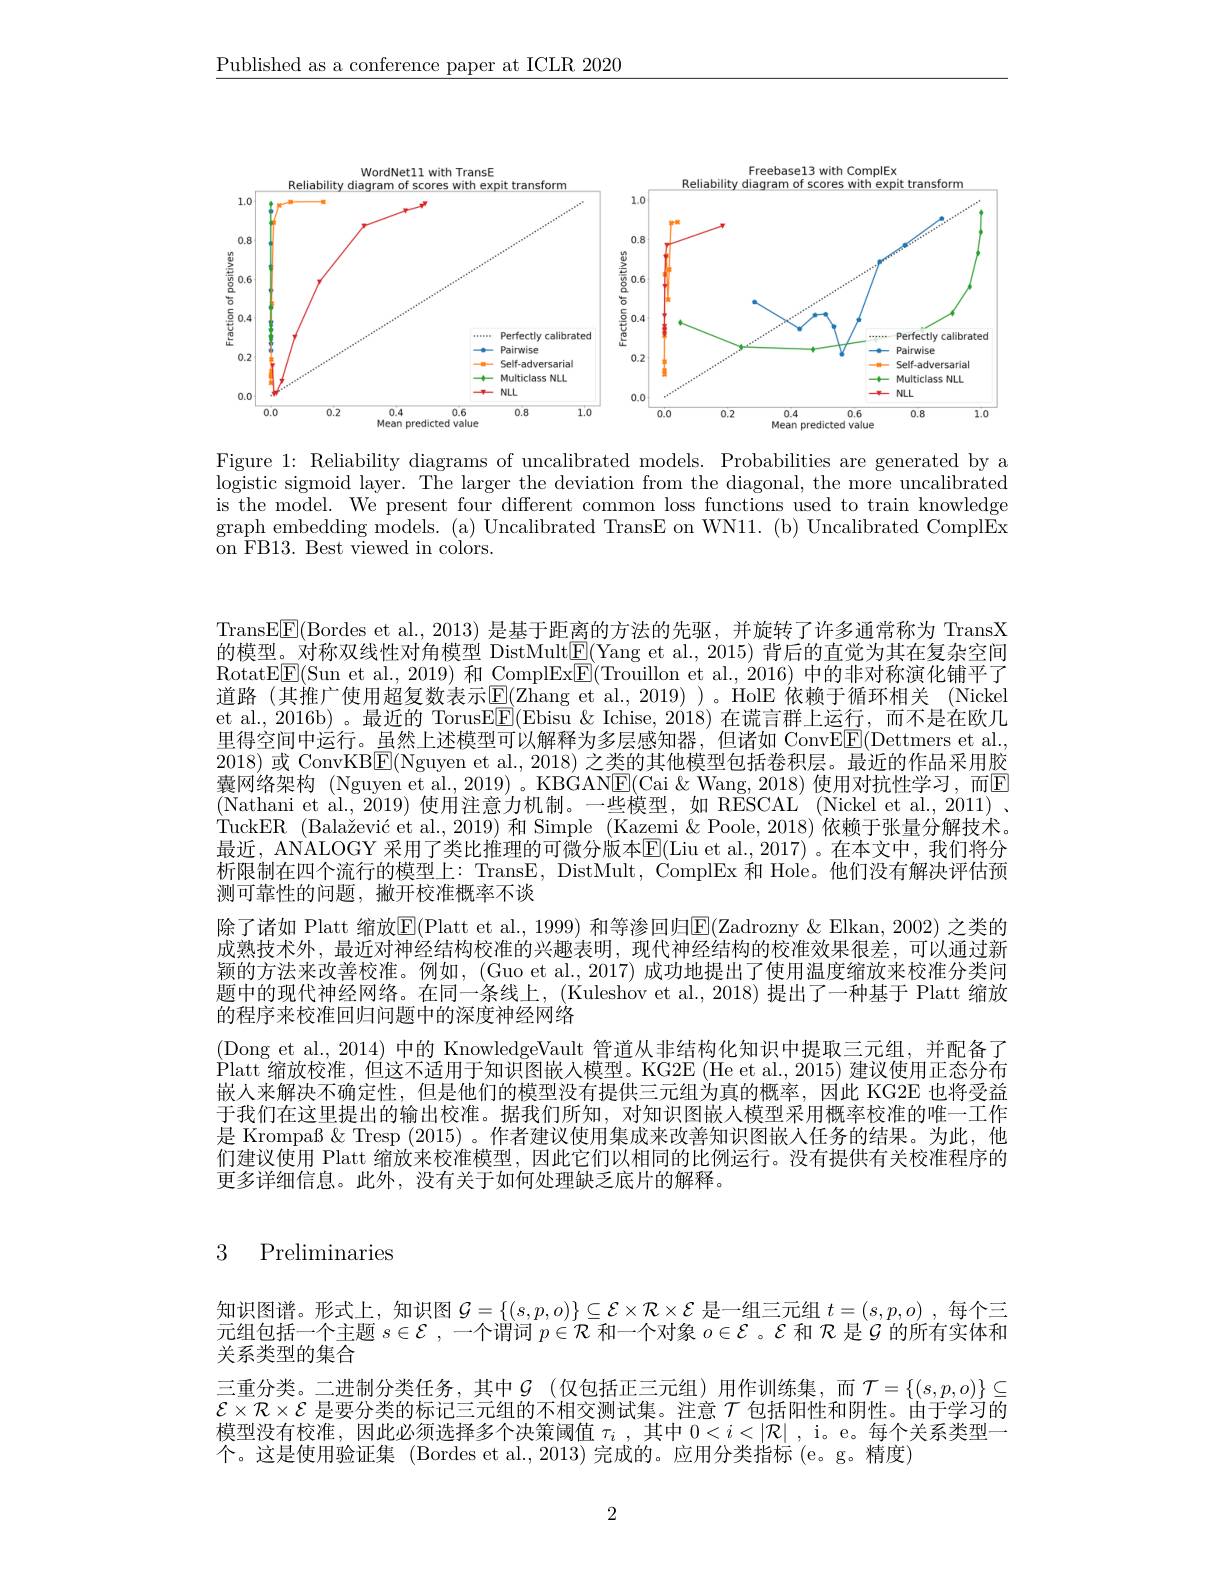
$\underline{\text{Published as a conference paper at ICLR 2020}}$

<FigureHere>

Figure 1: Reliability diagrams of uncalibrated models. Probabilities are generated by a logistic sigmoid layer. The larger the deviation from the diagonal, the more uncalibrated is the model. We present four different common loss functions used to train knowledge graph embedding models. (a) Uncalibrated TransE on WN11. (b) Uncalibrated ComplEx ${\mathrm{~on~FB13.~Best~viewed~in~colors.}}$

TransE$\boxed{\mathrm{F}}($Bordes et al.,2013)是基于距离的方法的先驱，并旋转了许多通常称为 TransX 的模型。对称双线性对角模型 DistMult$\underline{\mathrm{E}}($Yang et al., 2015) 背后的直觉为其在复杂空间RotatE$\underline{\mathrm{E}}\underline{\mathrm{F}}($Sun et al., 2019) 和 ComplEx$\underline{\mathrm{E}}($Trouillon et al., 2016) 中的非对称演化铺平了道路(其推广使用超复数表示$\boxed{\mathrm{E}}($Zhang et al., 2019))。HolE 依赖于循环相关 (Nickel et al., 2016b) 。最近的 TorusE$\boxed{\mathrm{F}}($Ebisu &Ichise, 2018) 在谎言群上运行，而不是在欧几里得空间中运行。虽然上述模型可以解释为多层感知器，但诸如 ConvE$\underline{\mathrm{E}}($Dettmers et al. 2018) 或 ConvKB$\overline{\mathrm{E}}($Nguyen et al., 2018) 之类的其他模型包括卷积层。最近的作品采用胶囊网络架构 (Nguyen et al., 2019) 。KBGANE(Cai &Wang, 2018)使用对抗性学习，而E (Nathani et al., 2019) 使用注意力机制。一些模型，如 RESCAL'(Nickel et al., 2011) . TuckER (Balažević et al., 2019) 和 Simple (Kazemi & Poole, 2018) 依赖于张量分解技术。最近，ANALOGY 采用了类比推理的可微分版本E(Liu et al.,2017)°在本文中，我们将分析限制在四个流行的模型上：TransE, DistMult, ComplEx 和 Hole。他们没有解决评估预测可靠性的问题，撇开校准概率不谈
除了诸如 Platt 缩放$\overline{\mathrm{E}}($Platt et al., 1999) 和等渗回归$\underline{\mathrm{E}}($Zadrozny &Elkan, 2002) 之类的成熟技术外，最近对神经结构校准的兴趣表明，现代神经结构的校准效果很差，可以通过新颖的方法来改善校准。例如，(Guo et al.,2017)成功地提出了使用温度缩放来校准分类问题中的现代神经网络。在同一条线上，(Kuleshov et al.,2018)提出了一种基于 Platt 缩放的程序来校准回归问题中的深度神经网络
(Dong et al., 2014) 中的 KnowledgeVault 管道从非结构化知识中提取三元组，并配备了Platt 缩放校准，但这不适用于知识图嵌人模型。KG2E (He et al., 2015) 建议使用正态分布嵌人来解决不确定性，但是他们的模型没有提供三元组为真的概率，因此 KG2E 也将受益于我们在这里提出的输出校准。据我们所知，对知识图嵌人模型采用概率校准的唯一工作是 Krompaß & Tresp (2015) 。作者建议使用集成来改善知识图嵌人任务的结果。为此，他们建议使用 Platt 缩放来校准模型，因此它们以相同的比例运行。没有提供有关校准程序的更多详细信息。此外，没有关于如何处理缺乏底片的解释。

# 3 Preliminaries

知识图谱。形式上，知识图$\mathcal{G}=\{(s,p,o)\}\subseteq\mathcal{E}\times\mathcal{R}\times\mathcal{E}$是一组三元组$t=(s,p,o)$ ,每个三元组包括一个主题$s\in\mathcal{E}$,一个谓词$p\in\mathcal{R}$和一个对象$o\in\mathcal{E}$ 。$\mathcal{E}$和$\mathcal{R}$是$\mathcal{G}$的所有实体和关系类型的集合
三重分类。二进制分类任务，其中$\mathcal{G}$ (仅包括正三元组)用作训练集，而$\mathcal{T}=\{(s,p,o)\}\subseteq$
$\mathcal{E}\times\mathcal{R}\times\mathcal{E}$ 是要分类的标记三元组的不相交测试集。注意$\mathcal{T}$ 包括阳性和阴性。由于学习的模型没有校准，因此必须选择多个决策阈值$\tau _i$ , 其 中 $0< i< | \mathcal{R} |$ , i。e。每 个 关 系 类 型 一 个。这是使用验证集 (Bordes et al.,2013) 完成的。应用分类指标 (e。g。精度)

2